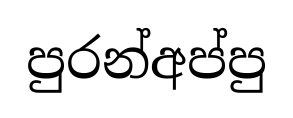
පුරන්අප්පු